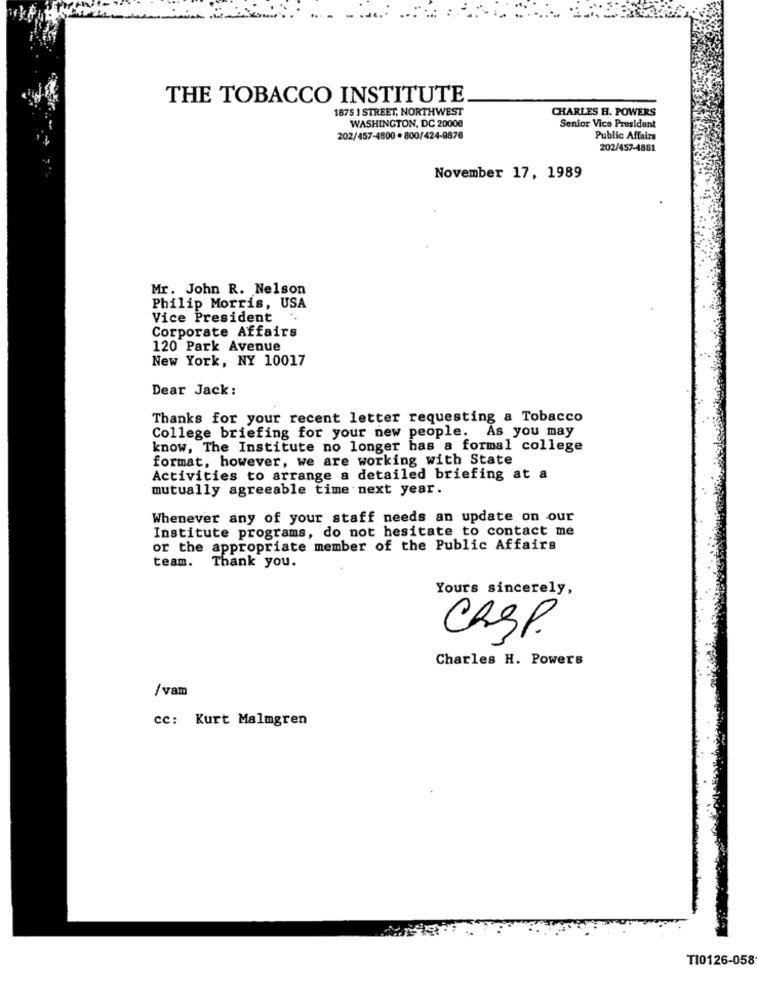
THE TOBACCO INSTITUTE
1875 1 STREET, NORTHWEST
CHARLES H. POWERS
WASHINGTON, DC 20008
Senior Vice President
202/457-4800 · 800/424-9876
Public Affairs
202/457-4851
November 17, 1989
Mr. John R. Nelson
Philip Morris, USA
Vice President
Corporate Affairs
120 Park Avenue
New York, NY 10017
Dear Jack:
Thanks for your recent letter requesting a Tobacco
College briefing for your new people. As you may
know, The Institute no longer has a formal college
format, however, we are working with State
Activities to arrange a detailed briefing at a
mutually agreeable time next year.
Whenever any of your staff needs an update on our
Institute programs, do not hesitate to contact me
or the appropriate member of the Public Affairs
team. Thank you.
Yours sincerely,
CRSP.
Charles H. Powers
/vam
cc: Kurt Malmgren
TI0126-058